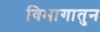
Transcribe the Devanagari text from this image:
विभागातुन